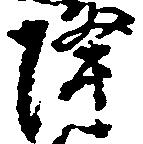
降